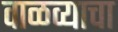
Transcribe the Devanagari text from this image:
वाळव्याचा